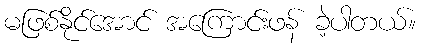
မဖြစ်နိုင်အောင် အကြောင်းဖန် ခဲ့ပါတယ်။